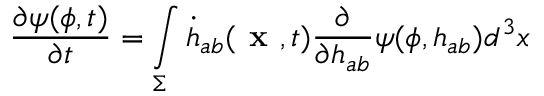
\frac { \partial \psi ( \phi , t ) } { \partial t } = \intop _ { \Sigma } \dot { h } _ { a b } ( \textbf { x } , t ) \frac { \partial } { \partial h _ { a b } } \psi ( \phi , h _ { a b } ) d ^ { 3 } x